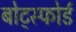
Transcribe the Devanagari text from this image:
बोट्स्फोर्ड